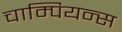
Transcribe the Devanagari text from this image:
चाम्पियन्स